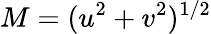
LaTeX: M=(u^{2}+v^{2})^{1/2}